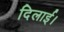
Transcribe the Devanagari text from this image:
दिलार्इ।